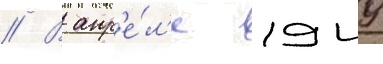
// В апр'е́л'е 1949